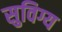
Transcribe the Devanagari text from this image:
सुविग्य